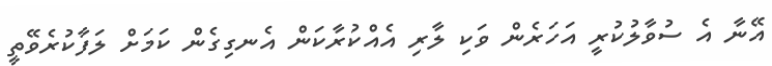
އޭނާ އެ ސުވާލުކުރީ އަހަރެން ވަކި ލާރި އެއްކުރާކަން އެނގިގެން ކަމަށް ލަފާކުރެވޭތީ